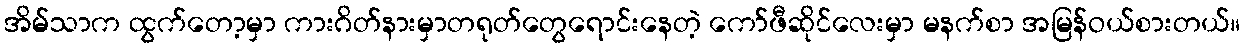
အိမ်သာက ထွက်တော့မှာ ကားဂိတ်နားမှာတရုတ်တွေရောင်းနေတဲ့ ကော်ဖီဆိုင်လေးမှာ မနက်စာ အမြန်ဝယ်စားတယ်။